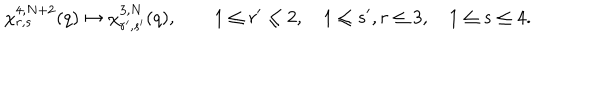
LaTeX: \chi _ { r , s } ^ { 4 , N + 2 } ( q ) \mapsto \chi _ { r ^ { \prime } , s ^ { \prime } } ^ { 3 , N } ( q ) , \qquad 1 \le r ^ { \prime } \le 2 , \quad 1 \le s ^ { \prime } , r \le 3 , \quad 1 \le s \le 4 .